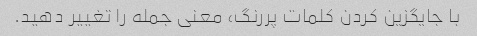
با جایگزین کردن کلمات پررنگ، معنی جمله را تغییر دهید.